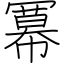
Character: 冪